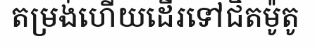
តម្រង់ហើយដើរទៅជិតម៉ូតូ